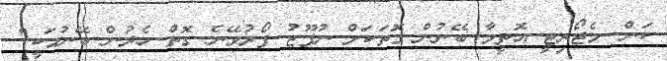
ކަން. މެޖޯރިޓީ އޮތީމާ ބޭނުން ގޮތަކަށް ނުފޫޒު ފޯރުވޭނެ ގޮތް ހެދުން ބޭނުމަކީ"